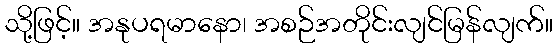
သို့ဖြင့်။ အနုပရမာနော၊ အစဉ်အတိုင်းလျင်မြန်လျက်။